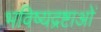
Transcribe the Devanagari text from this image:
भविष्यद्रष्टाओं